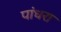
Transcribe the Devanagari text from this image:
पांधरा